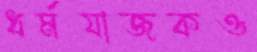
ধর্মযাজকও